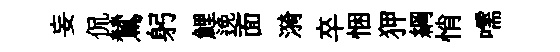
妄侃鷥躬鯉𨓜面漪卒悃狎綱悄嚅